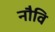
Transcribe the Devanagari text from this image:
नौवि